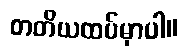
တတိယထပ်မှာပါ။